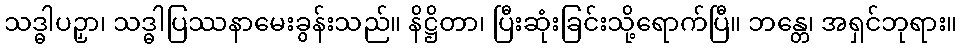
သဒ္ဓါပဉှာ၊ သဒ္ဓါပြဿနာမေးခွန်းသည်။ နိဋ္ဌိတာ၊ ပြီးဆုံးခြင်းသို့ရောက်ပြီ။ ဘန္တေ၊ အရှင်ဘုရား။